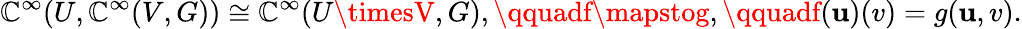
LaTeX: \mathbb{C}^{\infty}(U,\mathbb{C}^{\infty}(V,G))\cong\mathbb{C}^{\infty}(U\timesV,G),\qquadf\mapstog,\qquadf(\mathbf{u})(v)=g(\mathbf{u},v).